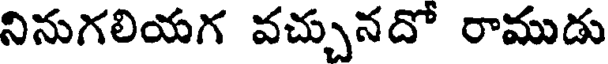
నినుగలియగ వచ్చునదో రాముడు